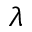
\boldsymbol { \lambda }